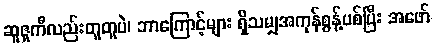
ဆူဇူကီလည်းတူတူပဲ၊ ဘာကြောင့်များ ရှိသမျှအကုန်စွန့်ပစ်ပြီး အဖော်